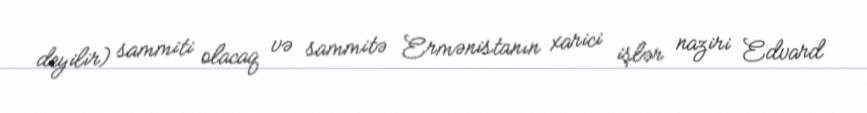
deyilir) sammiti olacaq və sammitə Ermənistanın xarici işlər naziri Edvard